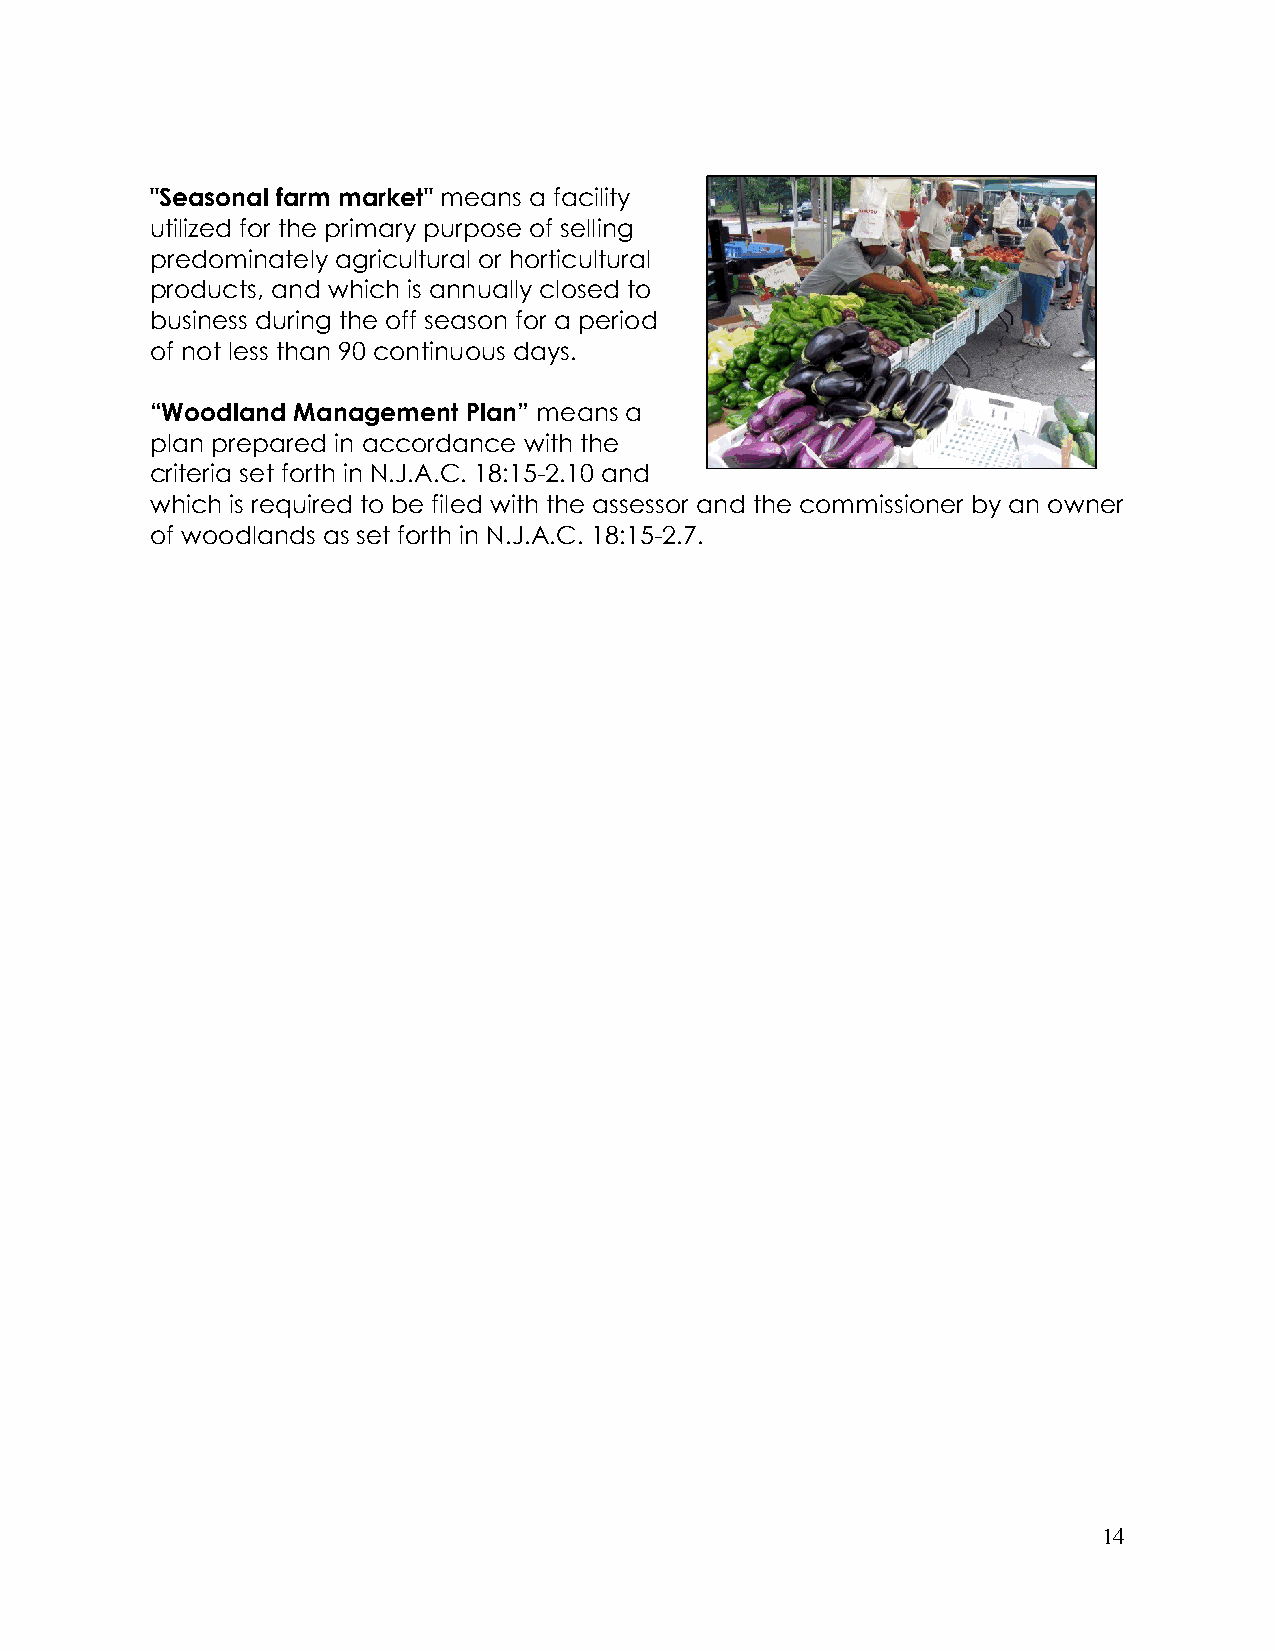
"Seasonal farm market" means a facility
 utilized for the primary purpose of selling
 predominately agricultural or horticultural
 products, and which is annually closed to
 business during the off season for a period
 of not less than 90 continuous days.
 “Woodland Management Plan” means a
 plan prepared in accordance with the
 criteria set forth in N.J.A.C. 18:15-2.10 and
 which is required to be filed with the assessor and the commissioner by an owner
 of woodlands as set forth in N.J.A.C. 18:15-2.7.
 14